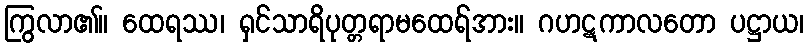
ကြွလာ၏။ ထေရဿ၊ ရှင်သာရိပုတ္တရာမထေရ်အား။ ဂဟဋကာလတော ပဋ္ဌာယ၊